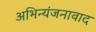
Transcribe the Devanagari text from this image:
अभिन्यंजनावाद